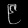
Digit: ၉